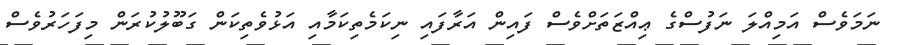
ނަމަވެސް އަމިއްލަ ނަފުސްގެ ޢިއްޒަތަށްވެސް ފައިން އަރާފައި ނިކަމެތިކަމާއި އަޅުވެތިކަން ގަބޫލުކުރަން މިފަހަރުވެސް